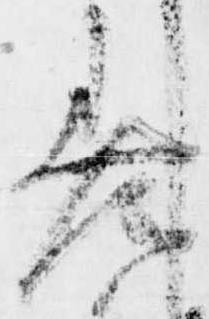
差